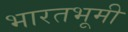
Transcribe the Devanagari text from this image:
भारतभूमी